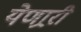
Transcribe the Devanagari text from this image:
येणार्‍री